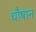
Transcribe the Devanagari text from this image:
चौषान